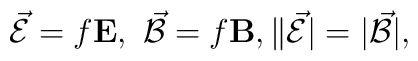
\vec{\cal E}=f{\bf E},\ \vec{\cal B}=f{\bf B},\|\vec{\cal E}|=|\vec{\cal B}|,